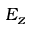
E _ { z }